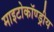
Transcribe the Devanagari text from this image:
माइटोकॉण्ड्रीय